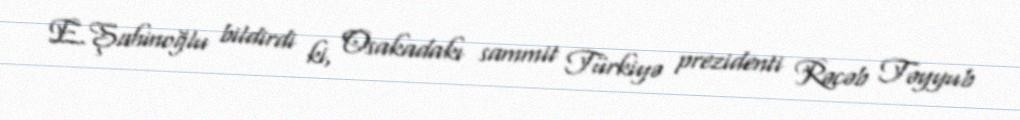
E.Şahinoğlu bildirdi ki, Osakadakı sammit Türkiyə prezidenti Rəcəb Təyyub